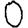
Digit: 0